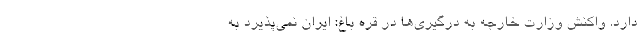
دارد. واکنش وزارت خارجه به درگیری‌ها در قره باغ: ایران نمی‌پذیرد به